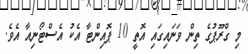
މި ގްރޫޕުގެ ތިން ވަނައިގައި އޮތީ 10 ޕޮއިންޓާ އެކު އެސްޓޯނިއާ އެވެ.